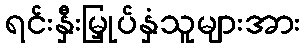
ရင်းနှီးမြှုပ်နှံသူများအား